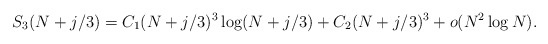
\begin{align*}S_3(N+j/3)=C_1(N+j/3)^3\log(N+j/3)+C_2(N+j/3)^3+ o(N^{2}\log N).\end{align*}